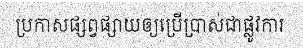
ប្រកាសផ្សព្វផ្សាយឲ្យប្រើប្រាស់ជាផ្លូវការ